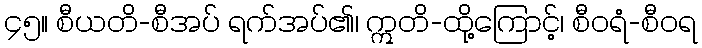
၄၅။ စီယတိ-စီအပ် ရက်အပ်၏၊ ဣတိ-ထို့ကြောင့်၊ စီဝရံ-စီဝရ